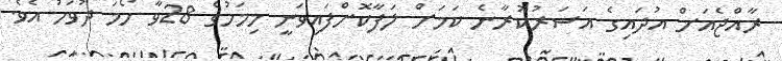
ރާއްޖެއަށް އުދައިގެ އަސަރުކުރާނެ ކަަމަށް ލަފާކޮށްފައިވަނީ މިމަހުގެ 28ވާ ހޯމަ ދުވަހު އެވެ.